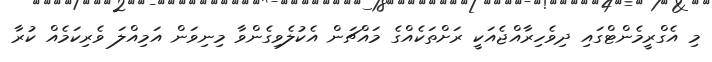
މި އެގްރީމެންޓްގައި ދިވެހިރާއްޖެއަކީ ރަށްތަކެއްގެ މައްޗަން އެކުލެވިގެންވާ މިނިވަން އަމިއްލަ ވެރިކަމެއް ކުރާ